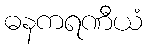
ဓနကရဏီယံ